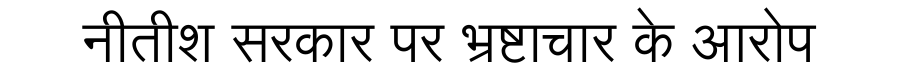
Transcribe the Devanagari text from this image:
नीतीश सरकार पर भ्रष्टाचार के आरोप